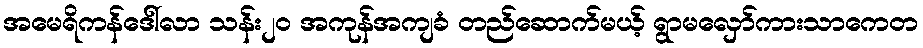
အမေရိကန်ဒေါ်လာ သန်း၂၀ အကုန်အကျခံ တည်ဆောက်မယ့် ရွာမလှော်ကားသာကေတ